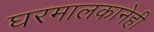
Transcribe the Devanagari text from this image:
घरमालकानेही